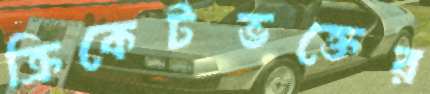
ক্রিকেটভক্তের